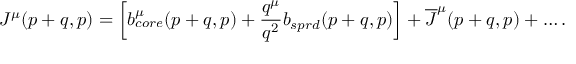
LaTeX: J ^ { \mu } ( p + q , p ) = \left[ b _ { c o r e } ^ { \mu } ( p + q , p ) + { \frac { q ^ { \mu } } { q ^ { 2 } } } b _ { s p r d } ( p + q , p ) \right] + \overline { { J } } ^ { \mu } ( p + q , p ) + \ldots .